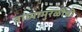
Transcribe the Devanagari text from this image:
वाघ्यामुरळींची